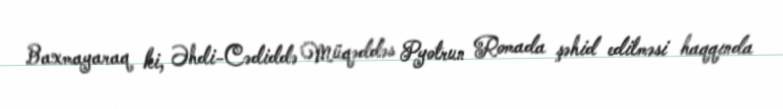
Baxmayaraq ki, Əhdi-Cədiddə Müqəddəs Pyotrun Romada şəhid edilməsi haqqında